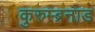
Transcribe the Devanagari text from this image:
कुरुम्ब्रनाड